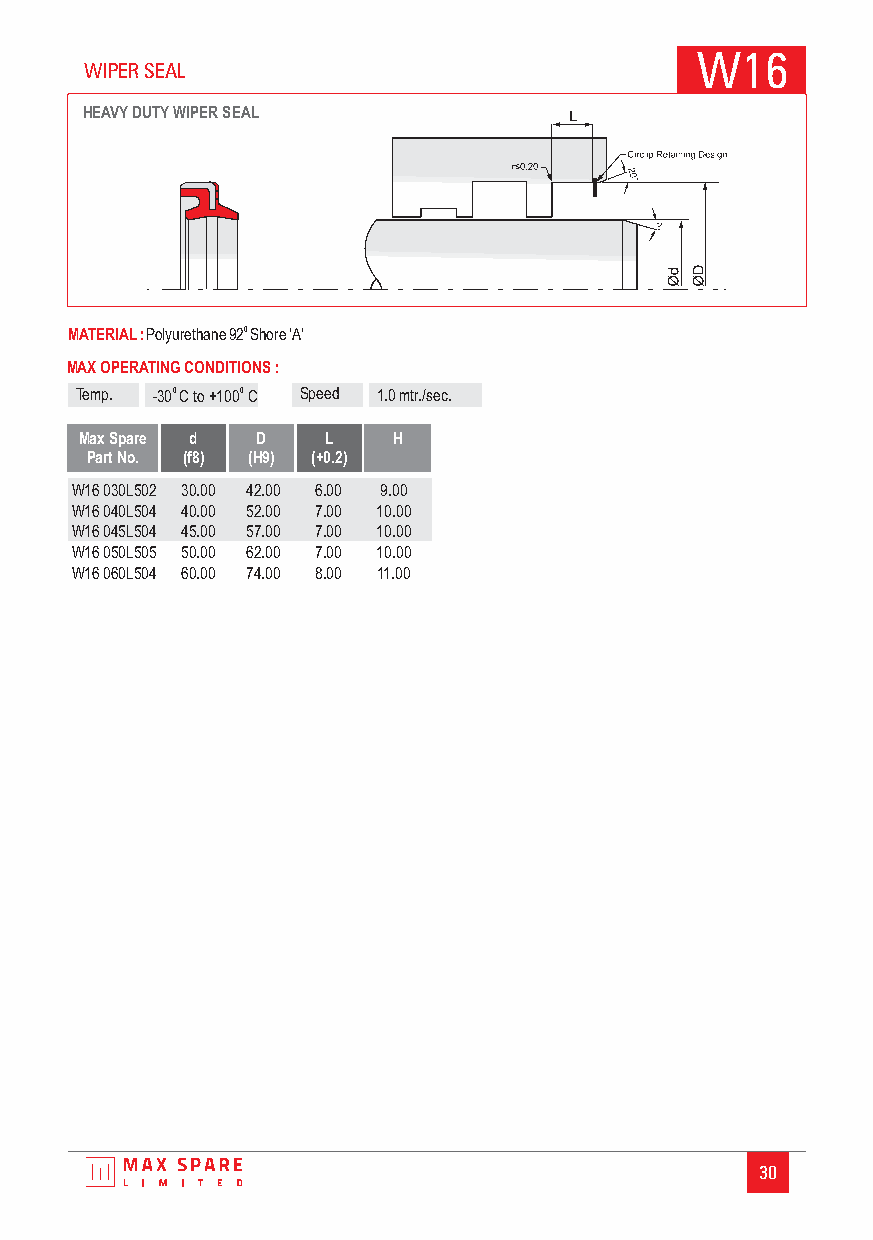
W16
 WIPER SEAL
 HEAVYDUTYWIPER SEAL
 MATERIAL:Polyurethane920Shore‘A’
 MAX OPERATING CONDITIONS :
 Temp. -30 0 C to+1000 C Speed 1.0mtr./sec.
 Max Spare d D    L   H
 Part No. (f8) (H9) (+0.2)
 W16 030L502 30.00 42.00 6.00 9.00
 W16 040L504 40.00 52.00 7.00 10.00
 W16 045L504 45.00 57.00 7.00 10.00
 W16 050L505 50.00 62.00 7.00 10.00
 W16 060L504 60.00 74.00 8.00 11.00
 30